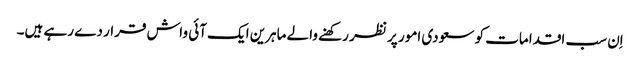
اِن سب اقدامات کو سعودی امور پر نظر رکھنے والے ماہرین ایک آئی واش قرار دے رہے ہیں۔